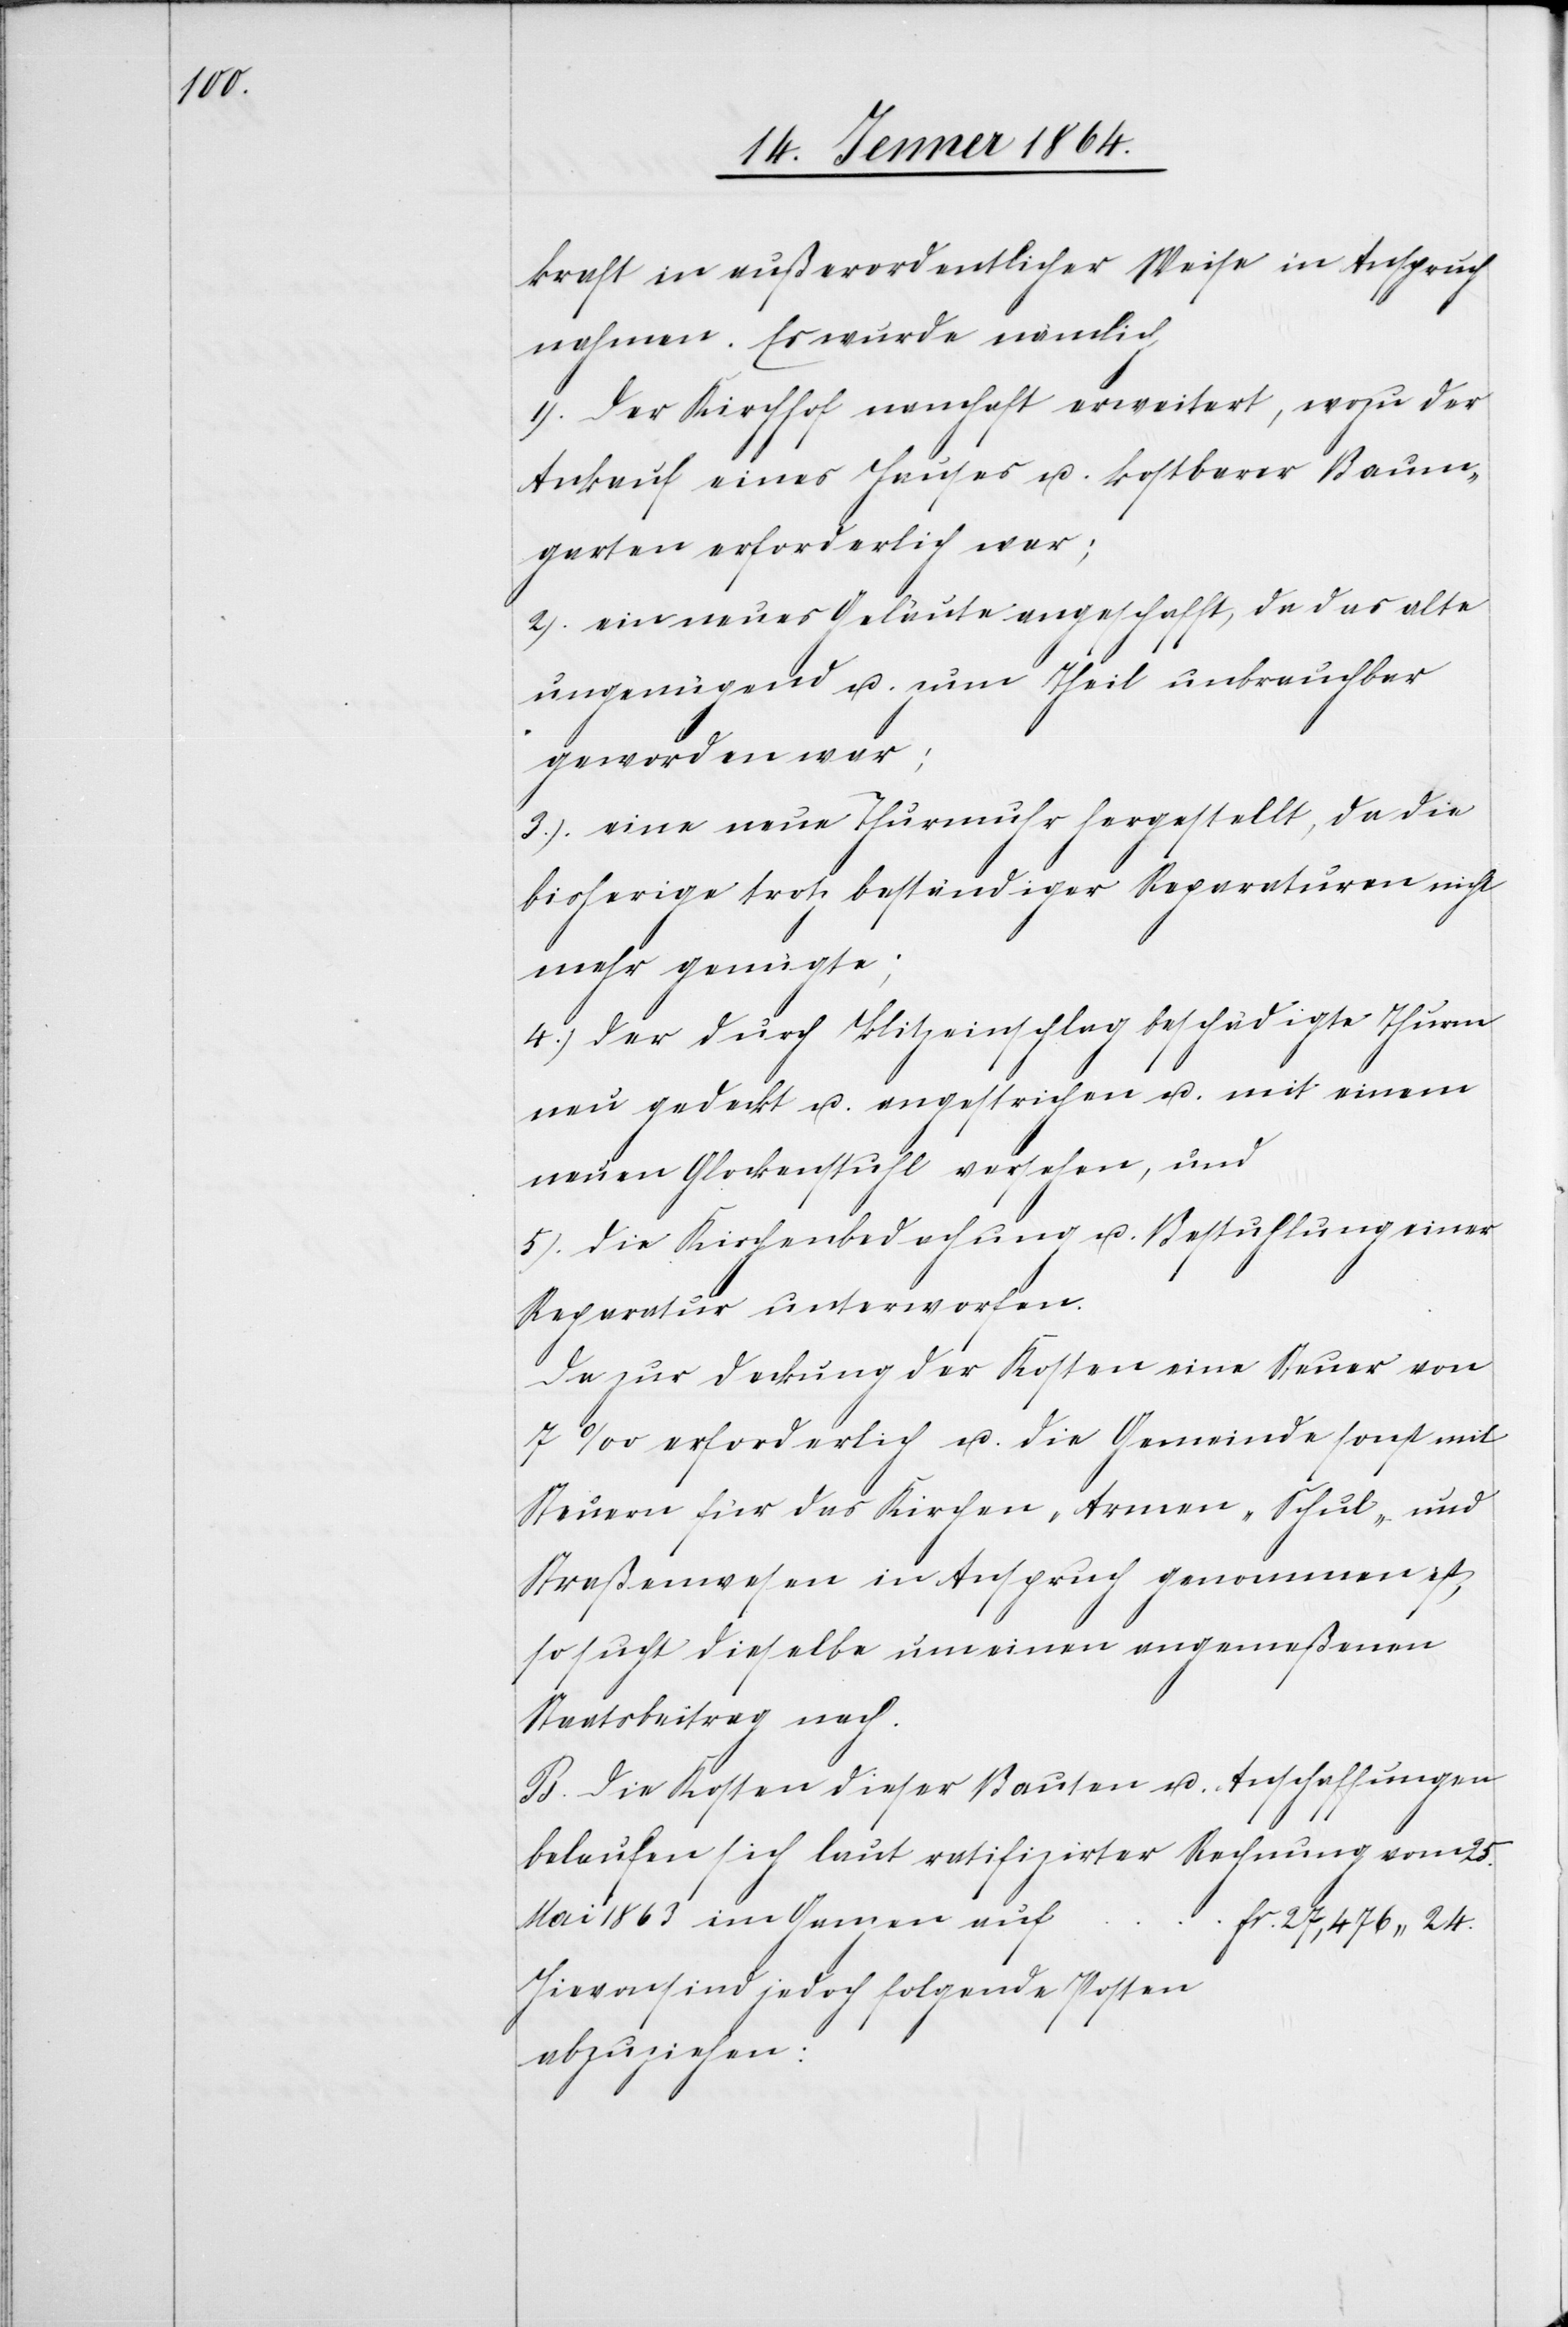
24.

kraft in außerordentlicher Weise in Anspruch
nahmen. Es wurde nämlich
1.) Der Kirchhof namhaft erweitert, wozu der
Ankauf eines Hauses u. kostbarer Baum¬
garten erforderlich war;
2.) ein neues Geläute angeschafft, da das alte
ungenügend u. zum Theil unbrauchbar
geworden war;
3.) eine neue Thurmuhr hergestellt, da die
bisherige trotz beständiger Reparaturen nicht
mehr genügte;
4.) der durch Blitzeinschlag beschädigte Thurm
neu gedeckt u. angestrichen u. mit einem
neuen Glockenstuhl versehen, und
5.) die Kirchendachung u. Bestuhlung einer
Reparatur unterworfen.
Da zur Deckung der Kosten eine Steuer von
7‰ erforderlich u. die Gemeinde sonst mit
Steuern für das Kirchen- Armen- Schul- und
Straßenwesen in Anspruch genommen ist,
so sucht dieselbe um einen angemeßenen
Staatsbeitrag nach.
B. Die Kosten dieser Bauten u. Anschaffungen
belaufen sich laut ratifizirter Rechnung vom 25.
Hievon sind jedoch folgende Posten
abzuziehen: